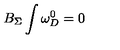
B _ { \Sigma } \int \omega _ { D } ^ { 0 } = 0